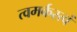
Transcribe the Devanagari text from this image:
त्वमर्कस्त्वं